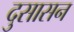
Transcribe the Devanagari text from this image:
दुसासन